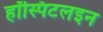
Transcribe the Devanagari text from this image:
हॉस्पिटलइन